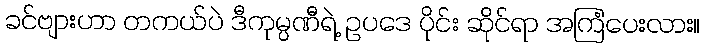
ခင်ဗျားဟာ တကယ်ပဲ ဒီကုမ္ပဏီရဲ့ ဥပဒေ ပိုင်း ဆိုင်ရာ အကြံပေးလား။